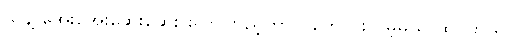
သူနဲ့ အေးအေးဆေးဆေး ပြောကြည့်တာ ပိုကောင်းလိမ့်မယ် ထင်တယ်